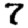
Digit: 7